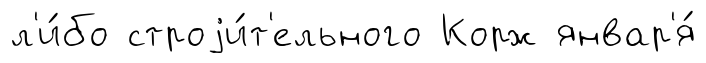
л'и́бо строjи́т'ельного Корж январ'я́